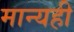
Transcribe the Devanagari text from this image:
मान्यही